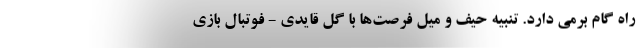
راه گام برمی دارد. تنبیه حیف و میل فرصت‌ها با گل قایدی - فوتبال بازی